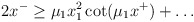
\begin{align*}2x^- \ge \mu_1 x_1^2 \cot(\mu_1 x^+) + \ldots\end{align*}